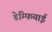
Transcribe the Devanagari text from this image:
डेम्फियाई